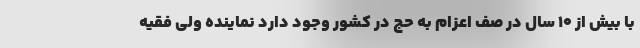
با بیش از ۱۰ سال در صف اعزام به حج در کشور وجود دارد نماینده ولی فقیه